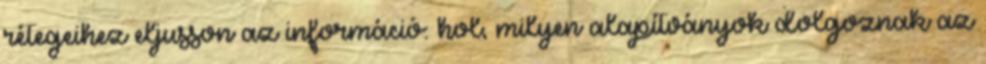
rétegeihez eljusson az információ: hol, milyen alapítványok dolgoznak az